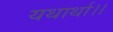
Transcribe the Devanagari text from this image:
यथार्था।।